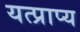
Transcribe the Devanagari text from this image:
यत्प्राप्य